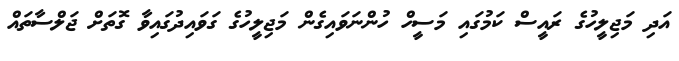
އަދި މަޖިލީހުގެ ރައީސް ކަމުގައި މަސީހް ހުންނަވައިގެން މަޖިލީހުގެ ގަވައިދުގައިވާ ގޮތަށް ޖަލްސާތައް